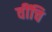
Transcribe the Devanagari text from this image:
वींचि